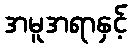
အမူအရာနှင့်